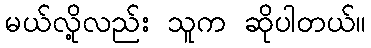
မယ်လို့လည်း သူက ဆိုပါတယ်။